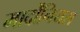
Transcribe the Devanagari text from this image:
मार्दोंनियस